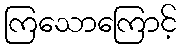
ကြသောကြောင့်